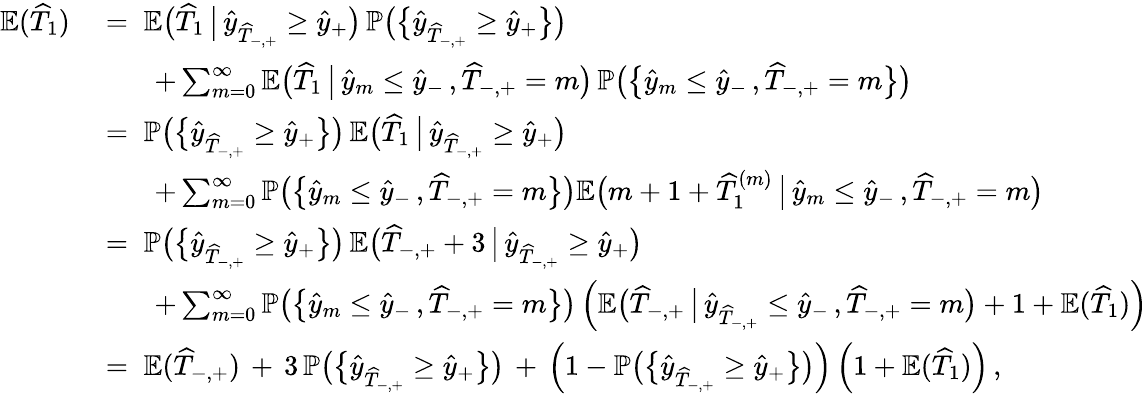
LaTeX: \begin{array}{r}{\begin{array}{rl}{\mathbb{E}(\widehat{T}_{1})}&{\; =\; \mathbb{E}\big(\widehat{T}_{1}\, \big|\, \widehat{y}_{\widehat{T}_{-,+}}\geq\widehat{y}_{+}\big)\, \mathbb{P}\big(\big\{ \widehat{y}_{\widehat{T}_{-,+}}\geq\widehat{y}_{+}\big\} \big)}\\ &{\qquad+\sum_{m=0}^{\infty}\mathbb{E}\big(\widehat{T}_{1}\, \big|\, \widehat{y}_{m}\leq\widehat{y}_{-}\, ,\widehat{T}_{-,+}=m\big)\, \mathbb{P}\big(\big\{ \widehat{y}_{m}\leq\widehat{y}_{-}\, ,\widehat{T}_{-,+}=m\big\} \big)}\\ &{\; =\; \mathbb{P}\big(\big\{ \widehat{y}_{\widehat{T}_{-,+}}\geq\widehat{y}_{+}\big\} \big)\, \mathbb{E}\big(\widehat{T}_{1}\, \big|\, \widehat{y}_{\widehat{T}_{-,+}}\geq\widehat{y}_{+}\big)}\\ &{\qquad+\sum_{m=0}^{\infty}\mathbb{P}\big(\big\{ \widehat{y}_{m}\leq\widehat{y}_{-}\, ,\widehat{T}_{-,+}=m\big\} \big)\mathbb{E}\big(m+1+\widehat{T}_{1}^{(m)}\, \big|\, \widehat{y}_{m}\leq\widehat{y}_{-}\, ,\widehat{T}_{-,+}=m\big)}\\ &{\; =\; \mathbb{P}\big(\big\{ \widehat{y}_{\widehat{T}_{-,+}}\geq\widehat{y}_{+}\big\} \big)\, \mathbb{E}\big(\widehat{T}_{-,+}+3\, \big|\, \widehat{y}_{\widehat{T}_{-,+}}\geq\widehat{y}_{+}\big)}\\ &{\qquad+\sum_{m=0}^{\infty}\mathbb{P}\big(\big\{ \widehat{y}_{m}\leq\widehat{y}_{-}\, ,\widehat{T}_{-,+}=m\big\} \big)\left(\mathbb{E}\big(\widehat{T}_{-,+}\, \big|\, \widehat{y}_{\widehat{T}_{-,+}}\leq\widehat{y}_{-}\, ,\widehat{T}_{-,+}=m\big)+1+\mathbb{E}(\widehat{T}_{1})\right)}\\ &{\; =\; \mathbb{E}(\widehat{T}_{-,+})\, +\, 3\, \mathbb{P}\big(\big\{ \widehat{y}_{\widehat{T}_{-,+}}\geq\widehat{y}_{+}\big\} \big)\, +\, \left(1-\mathbb{P}\big(\big\{ \widehat{y}_{\widehat{T}_{-,+}}\geq\widehat{y}_{+}\big\} \big)\right)\left(1+\mathbb{E}(\widehat{T}_{1})\right)\, ,}\end{array}}\end{array}